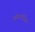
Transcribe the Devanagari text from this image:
ऑसमोसिस